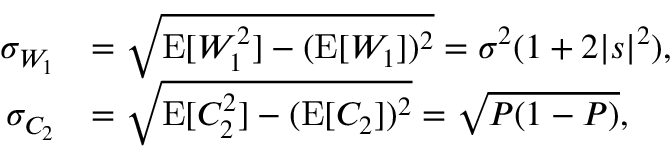
\begin{array} { r l } { \sigma _ { W _ { 1 } } } & { = \sqrt { \operatorname { E } [ W _ { 1 } ^ { 2 } ] - ( \operatorname { E } [ W _ { 1 } ] ) ^ { 2 } } = \sigma ^ { 2 } ( 1 + 2 | s | ^ { 2 } ) , } \\ { \sigma _ { C _ { 2 } } } & { = \sqrt { \operatorname { E } [ C _ { 2 } ^ { 2 } ] - ( \operatorname { E } [ C _ { 2 } ] ) ^ { 2 } } = \sqrt { P ( 1 - P ) } , } \end{array}